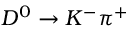
D ^ { 0 } \to K ^ { - } \pi ^ { + }